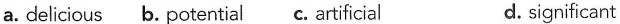
a.delicious b. Potential c. Artificial d. significant